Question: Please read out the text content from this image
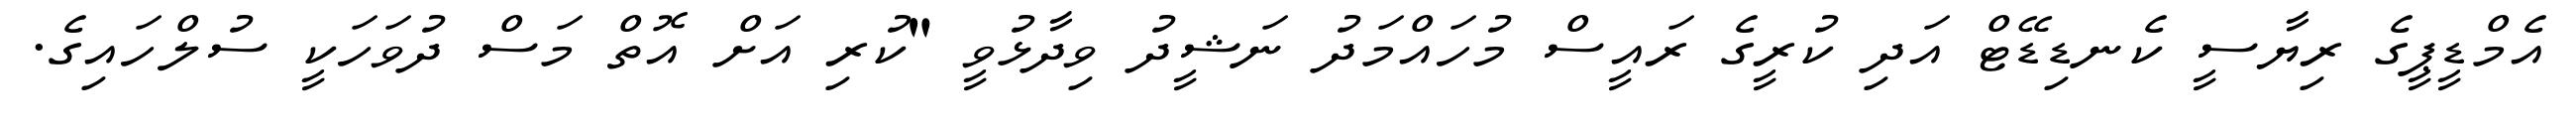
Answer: އެމްޑީޕީގެ ރިޔާސީ ކެނޑިޑޭޓް އަދި ކުރީގެ ރައީސް މުހައްމަދު ނަޝީދު ވިދާޅުވީ "ކުރި އަށް އޮތް މަސް ދުވަހަކީ ސުލްހައިގެ.